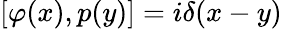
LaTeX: [\varphi(x),p(y)]=i\delta(x-y)